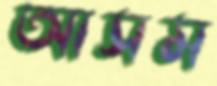
আসম